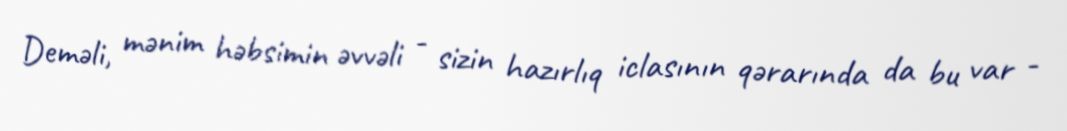
Deməli, mənim həbsimin əvvəli - sizin hazırlıq iclasının qərarında da bu var -